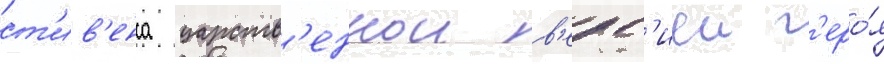
ст'ив'енса царств'еннои в'ерс'иеи г'еро́я